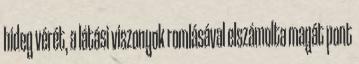
hideg vérét, a látási viszonyok romlásával elszámolta magát pont